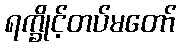
ရက္ခိုင့်တပ်မတော်